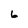
Character: 6